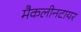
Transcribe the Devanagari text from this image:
मैकलीनटायर